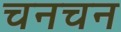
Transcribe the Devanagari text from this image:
चनचन